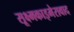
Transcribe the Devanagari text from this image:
सूक्ष्मकाइमेरावाद